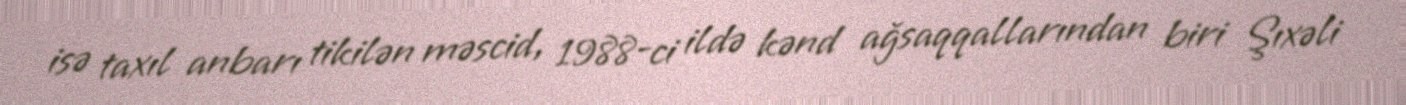
isə taxıl anbarı tikilən məscid, 1988-ci ildə kənd ağsaqqallarından biri Şıxəli